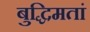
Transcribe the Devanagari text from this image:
बुद्धिमतां